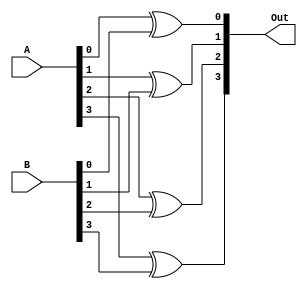
module ttl7486(Out, A, B);
    output [3:0] Out;
    input [3:0] A;
    input [3:0] B;

    xor #20 (Out[0], A[0], B[0]);
    xor #20 (Out[1], A[1], B[1]);
    xor #20 (Out[2], A[2], B[2]);
    xor #20 (Out[3], A[3], B[3]);
endmodule